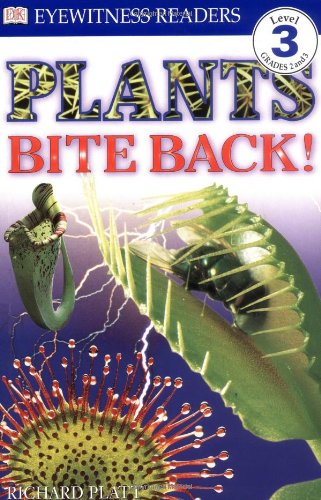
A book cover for DK Readers: Plants Bite Back! (Level 3: Reading Alone); Richard Platt; Children's Books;